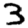
Digit: 3